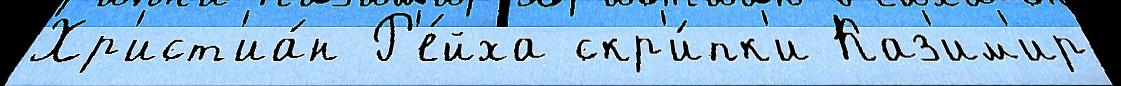
Хр'ист'иа́н Р'е́йха скр'и́пк'и Каз'им'ир